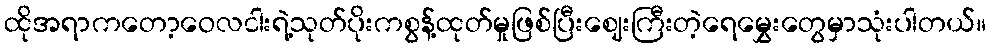
ထိုအရာကတော့ဝေလငါးရဲ့သုတ်ပိုးကစွန့်ထုတ်မှုဖြစ်ပြီးဈေးကြီးတဲ့ရေမွှေးတွေမှာသုံးပါတယ်။